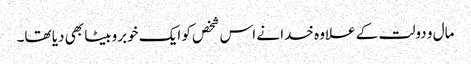
مال و دولت کے علاوہ خدا نے اس شخص کو ایک خوبروبیٹا بھی دیا تھا۔